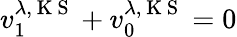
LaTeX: v_{1}^{\lambda,\mathrm{~K~S~}}+v_{0}^{\lambda,\mathrm{~K~S~}}=0